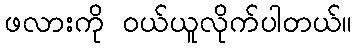
ဖလားကို ဝယ်ယူလိုက်ပါတယ်။